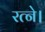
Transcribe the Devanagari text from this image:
रत्ने।